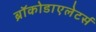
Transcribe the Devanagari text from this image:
ब्रॉकोडाएलेटर्स